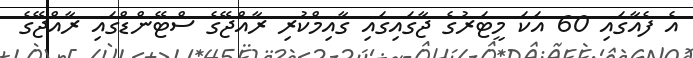
އެ ފެއާގައި 60 އަކަ މީޓަރުގެ ޖާގައިގައި ގާއިމްކުރި ރާއްޖޭގެ ސްޓޭންޑްގައި ރާއްޖޭގެ